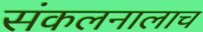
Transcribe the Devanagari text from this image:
संकलनालाच